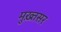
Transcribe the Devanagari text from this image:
मुख़्तसर